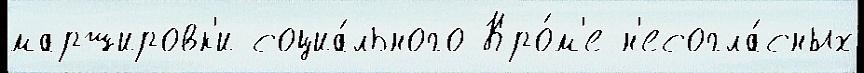
маршировк'и социа́льного Кро́м'е н'есогла́сных